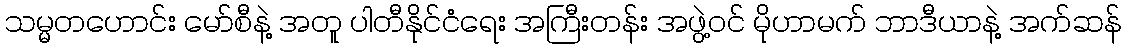
သမ္မတဟောင်း မော်စီနဲ့ အတူ ပါတီနိုင်ငံရေး အကြီးတန်း အဖွဲ့ဝင် မိုဟာမက် ဘာဒီယာနဲ့ အက်ဆန်